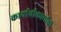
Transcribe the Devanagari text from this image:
कार्याचीकार्याची